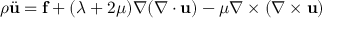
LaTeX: \rho { \ddot { \mathbf { u } } } = \mathbf { f } + ( \lambda + 2 \mu ) \nabla ( \nabla \cdot \mathbf { u } ) - \mu \nabla \times ( \nabla \times \mathbf { u } )